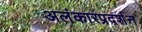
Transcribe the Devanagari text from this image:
अलंकारप्रदर्शन